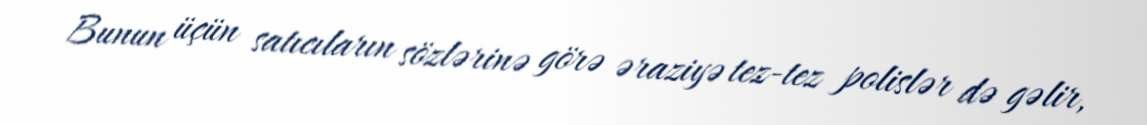
Bunun üçün satıcıların sözlərinə görə əraziyə tez-tez polislər də gəlir,